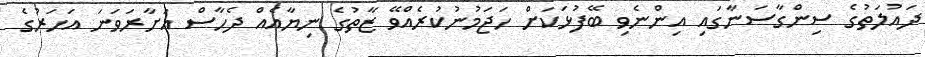
ދައުލަތުގެ ސިންގާސަނާގައި އިންނެވި ބޭފުޅަކަށް ހަޖަމުނުކުރެއްވޭ ޒާތުގެ ނިޔާއެއް ދެހާސް އަށާރަވަނަ އަހަރުގެ